Civil Veterinary Department Bengal reports 1923-33 - 1923-1933
Year: 1923
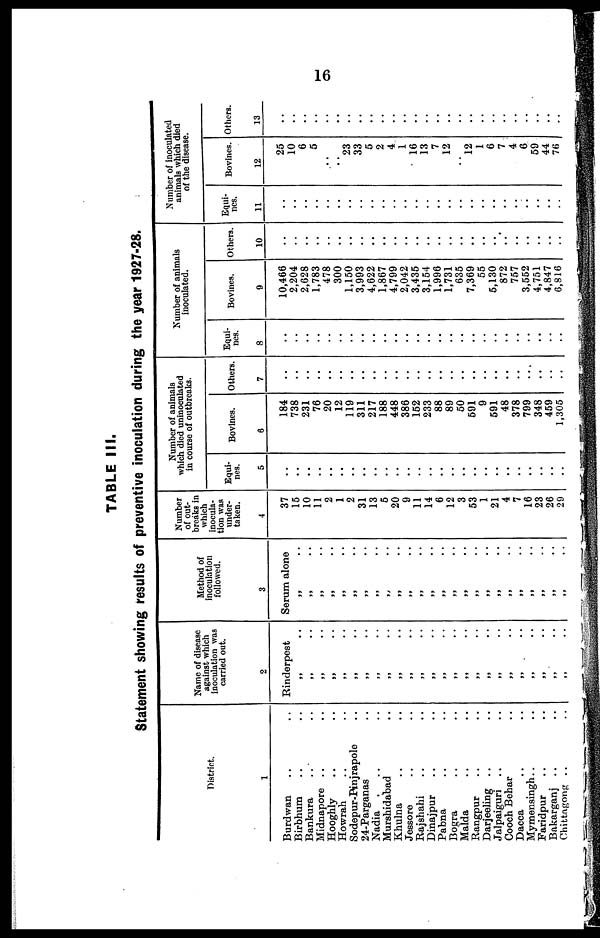
16
TABLE III.
Statement showing results of preventive inoculation during the year 1927-28.
District.
1
Burdwan .. ..
Birbhum .. ..
Bankura .. ..
Midnapore .. ..
Hooghly .. ..
Howrah .. ..
Sodepur-Pinjrapolo ..
24-Parganas ..
Nadia .. ..
Murashidabad ..
Khulna .. ..
Jeasore .. ..
Rajshahi .. ..
Dinajpur .. ..
Pabna .. ..
Bogra .. ..
Malda .. ..
Rangpur .. ..
Darjeeling .. ..
Jalpaiguri .. ..
Cooch Behar ..
Dacca .. ..
Mymenaingh .. ..
Faridpur .. ..
Bakarganj .. ..
Chittagong .. ..
Name of diaeaae
against which
Inoculation was
carried out.
2
Rinderpest
„ ..
„ ..
„ ..
„ ..
„ ..
„ ..
„ ..
„ ..
„ ..
„ ..
„ ..
„ ..
„ ..
„ ..
„ ..
„ ..
„ ..
„ ..
„ ..
„ ..
„ ..
„ ..
„ ..
„ ..
„ ..
Method of
inoculation
followed.
3
Serum alone
„ ..
„ ..
„ ..
„ ..
„ ..
„ ..
„ ..
„ ..
„ ..
„ ..
„ ..
„ ..
„ ..
„ ..
„ ..
„ ..
„ ..
„ ..
„ ..
„ ..
„ ..
„ ..
„ ..
„ ..
„ ..
Number
of out-
breaks in
which
Inocula-
tion was
under-
taken.
4
37
15
10
11
2
1
2
31
13
6
20
9
11
14
6
12
3
53
1
21
4
7
16
23
26
29
Number of animals
which died uninocolated
in courae of outbreaks.
Kqui-
nes.
5
..
..
..
..
..
..
..
..
..
..
..
..
..
..
..
..
..
..
..
..
..
..
..
..
..
..
Bovince.
6
184
738
231
76
20
12
119
311
217
188
448
386
152
233
88
89
50
591
9
591
48
378
799
348
459
1,306
Others.
7
..
..
..
..
..
..
..
..
..
..
..
..
..
..
..
..
..
..
..
..
..
..
..
..
..
..
Number of animals
inoculated.
Equi-
nes.
8
..
..
..
..
..
..
..
..
..
..
..
..
..
..
..
..
..
..
..
..
..
..
..
..
..
..
Bovines.
0
10,466
2,204
2,628
1,783
478
300
1,150
3,993
4,622
1,867
4,799
2,042
3,435
3,154
1,996
1,731
635
7,369
55
5,130
872
757
3,552
4,751
4,847
6,816
Other*.
10
..
..
..
..
..
..
..
..
..
..
..
..
..
..
..
..
..
..
..
..
..
..
..
..
..
..
Number of inoculated
animal which died
of the disease.
Equi-
nes.
11
..
..
..
..
..
..
..
..
..
..
..
..
..
..
..
..
..
..
..
..
..
..
..
..
..
..
Bovine*.
12
25
10
6
5
..
..
23
33
5
2
4
1
16
13
7
12
..
12
1
6
7
4
6
59
44
76
Other*.
13
..
..
..
..
..
..
..
..
..
..
..
..
..
..
..
..
..
..
..
..
..
..
..
..
..
..